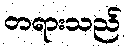
တရားသည်